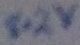
Text: 8.2V